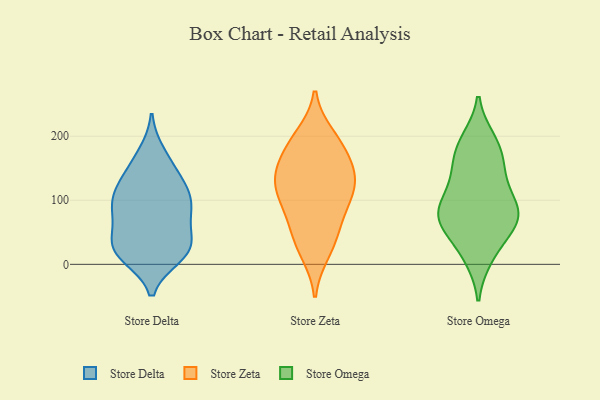
{"axis": {"x": "Website Visitors", "y": "Value"}, "legend": ["Store Delta", "Store Omega", "Store Zeta"], "data": [{"x": "", "y": 37, "type": "Store Delta"}, {"x": "", "y": 55, "type": "Store Delta"}, {"x": "", "y": 104, "type": "Store Delta"}, {"x": "", "y": 20, "type": "Store Delta"}, {"x": "", "y": 130, "type": "Store Delta"}, {"x": "", "y": 75, "type": "Store Delta"}, {"x": "", "y": 86, "type": "Store Delta"}, {"x": "", "y": 12, "type": "Store Delta"}, {"x": "", "y": 162, "type": "Store Delta"}, {"x": "", "y": 174, "type": "Store Delta"}, {"x": "", "y": 86, "type": "Store Delta"}, {"x": "", "y": 22, "type": "Store Delta"}, {"x": "", "y": 125, "type": "Store Delta"}, {"x": "", "y": 103, "type": "Store Delta"}, {"x": "", "y": 32, "type": "Store Delta"}, {"x": "", "y": 92, "type": "Store Delta"}, {"x": "", "y": 27, "type": "Store Delta"}, {"x": "", "y": 133, "type": "Store Delta"}, {"x": "", "y": 12, "type": "Store Delta"}, {"x": "", "y": 126, "type": "Store Zeta"}, {"x": "", "y": 72, "type": "Store Zeta"}, {"x": "", "y": 90, "type": "Store Zeta"}, {"x": "", "y": 147, "type": "Store Zeta"}, {"x": "", "y": 103, "type": "Store Zeta"}, {"x": "", "y": 163, "type": "Store Zeta"}, {"x": "", "y": 133, "type": "Store Zeta"}, {"x": "", "y": 200, "type": "Store Zeta"}, {"x": "", "y": 187, "type": "Store Zeta"}, {"x": "", "y": 117, "type": "Store Zeta"}, {"x": "", "y": 189, "type": "Store Zeta"}, {"x": "", "y": 51, "type": "Store Zeta"}, {"x": "", "y": 19, "type": "Store Zeta"}, {"x": "", "y": 136, "type": "Store Zeta"}, {"x": "", "y": 32, "type": "Store Zeta"}, {"x": "", "y": 71, "type": "Store Omega"}, {"x": "", "y": 122, "type": "Store Omega"}, {"x": "", "y": 82, "type": "Store Omega"}, {"x": "", "y": 61, "type": "Store Omega"}, {"x": "", "y": 134, "type": "Store Omega"}, {"x": "", "y": 194, "type": "Store Omega"}, {"x": "", "y": 72, "type": "Store Omega"}, {"x": "", "y": 11, "type": "Store Omega"}, {"x": "", "y": 102, "type": "Store Omega"}, {"x": "", "y": 88, "type": "Store Omega"}, {"x": "", "y": 179, "type": "Store Omega"}, {"x": "", "y": 192, "type": "Store Omega"}, {"x": "", "y": 47, "type": "Store Omega"}, {"x": "", "y": 70, "type": "Store Omega"}, {"x": "", "y": 14, "type": "Store Omega"}, {"x": "", "y": 153, "type": "Store Omega"}, {"x": "", "y": 80, "type": "Store Omega"}, {"x": "", "y": 160, "type": "Store Omega"}]}